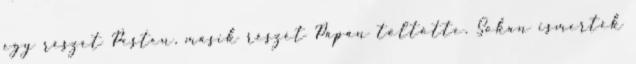
egy részét Pesten, másik részét Pápán töltötte. Sokan ismerték